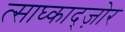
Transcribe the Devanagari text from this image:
त्साघ्काद्ज़ोर